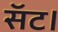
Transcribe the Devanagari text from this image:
सॅट।